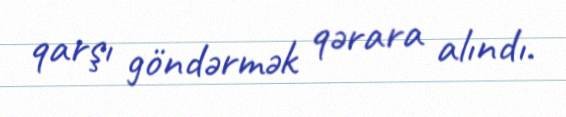
qarşı göndərmək qərara alındı.